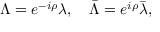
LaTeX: \Lambda = e ^ { - i \rho } \lambda , \quad \bar { \Lambda } = e ^ { i \rho } \bar { \lambda } , \quad